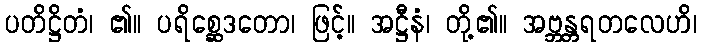
ပတိဋ္ဌိတံ၊ ၏။ ပရိစ္ဆေဒတော၊ ဖြင့်။ အဋ္ဌီနံ၊ တို့၏။ အဗ္ဘန္တရတလေဟိ၊